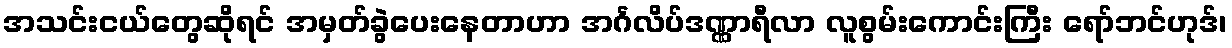
အသင်းငယ်တွေဆိုရင် အမှတ်ခွဲပေးနေတာဟာ အင်္ဂလိပ်ဒဏ္ဏာရီလာ လူစွမ်းကောင်းကြီး ရော်ဘင်ဟုဒ်၊